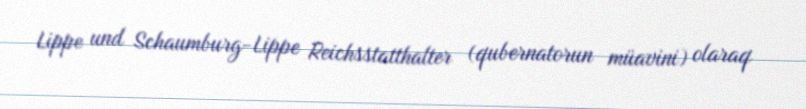
Lippe und Schaumburg-Lippe Reichsstatthalter (qubernatorun müavini) olaraq